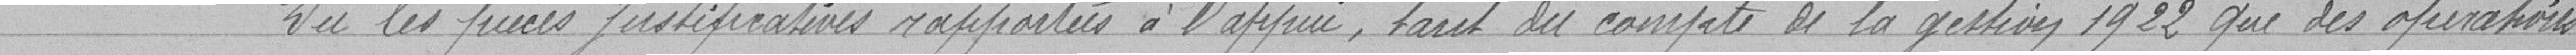
Vu les pièces justificatives rapportées à l'appui, tout du compte de la gestion 1922 que des opérations